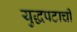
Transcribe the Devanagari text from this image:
युद्धपटाची